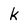
Character: k